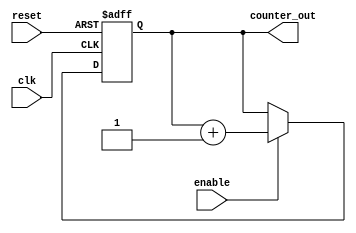
module JohnsonCounterWithEnable (
    input wire clk,
    input wire reset,
    input wire enable,
    output reg [3:0] counter_out
);

reg [3:0] counter;

always @(posedge clk or posedge reset) begin
    if (reset) begin
        counter <= 4'b0000;
    end else if (enable) begin
        counter <= counter + 1;
    end
end

assign counter_out = counter;

endmodule